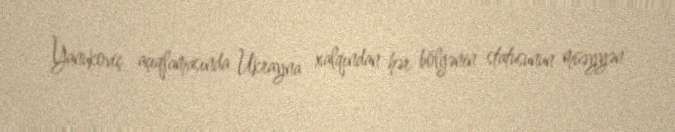
Yanukoviç açıqlamasında Ukrayna xalqından hər bölgənin statusunun müəyyən